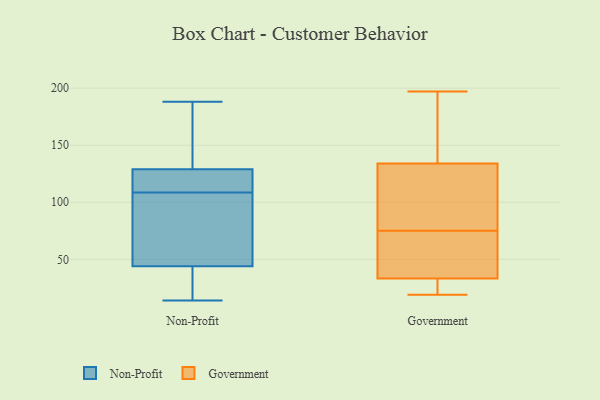
{"axis": {"x": "Satisfaction Score", "y": "Value"}, "legend": ["Government", "Non-Profit"], "data": [{"x": "", "y": 140, "type": "Non-Profit"}, {"x": "", "y": 44, "type": "Non-Profit"}, {"x": "", "y": 76, "type": "Non-Profit"}, {"x": "", "y": 129, "type": "Non-Profit"}, {"x": "", "y": 61, "type": "Non-Profit"}, {"x": "", "y": 115, "type": "Non-Profit"}, {"x": "", "y": 188, "type": "Non-Profit"}, {"x": "", "y": 118, "type": "Non-Profit"}, {"x": "", "y": 64, "type": "Non-Profit"}, {"x": "", "y": 109, "type": "Non-Profit"}, {"x": "", "y": 167, "type": "Non-Profit"}, {"x": "", "y": 168, "type": "Non-Profit"}, {"x": "", "y": 16, "type": "Non-Profit"}, {"x": "", "y": 14, "type": "Non-Profit"}, {"x": "", "y": 32, "type": "Non-Profit"}, {"x": "", "y": 119, "type": "Non-Profit"}, {"x": "", "y": 41, "type": "Non-Profit"}, {"x": "", "y": 108, "type": "Non-Profit"}, {"x": "", "y": 21, "type": "Government"}, {"x": "", "y": 114, "type": "Government"}, {"x": "", "y": 133, "type": "Government"}, {"x": "", "y": 183, "type": "Government"}, {"x": "", "y": 42, "type": "Government"}, {"x": "", "y": 137, "type": "Government"}, {"x": "", "y": 52, "type": "Government"}, {"x": "", "y": 22, "type": "Government"}, {"x": "", "y": 118, "type": "Government"}, {"x": "", "y": 25, "type": "Government"}, {"x": "", "y": 60, "type": "Government"}, {"x": "", "y": 197, "type": "Government"}, {"x": "", "y": 187, "type": "Government"}, {"x": "", "y": 36, "type": "Government"}, {"x": "", "y": 19, "type": "Government"}, {"x": "", "y": 126, "type": "Government"}, {"x": "", "y": 75, "type": "Government"}]}